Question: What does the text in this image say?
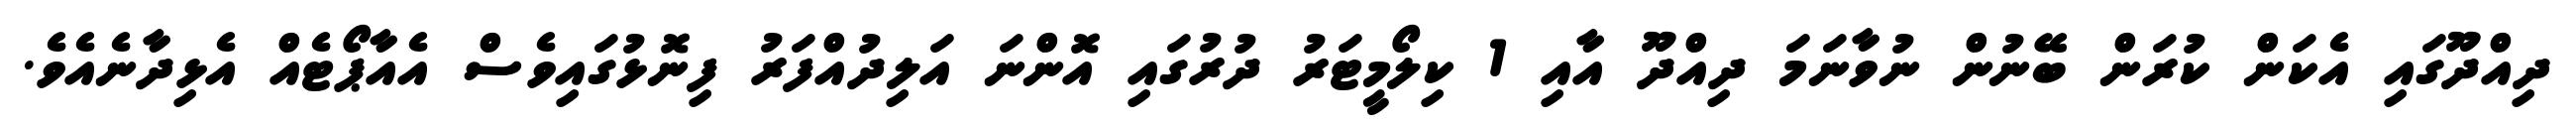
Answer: ދިއްދޫގައި އެކަން ކުރަން ބޭނުން ނުވާނަމަ ދިއްދޫ އާއި 1 ކިލޯމީޓަރު ދުރުގައި އޮންނަ އަލިދުއްފަރު ފިނޮޅުގައިވެސް އެއާޕޯޓެއް އެޅިދާނެއެވެ.